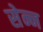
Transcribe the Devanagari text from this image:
सेन्न